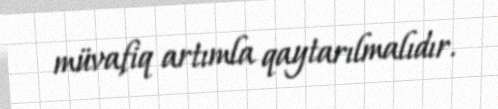
müvafiq artımla qaytarılmalıdır.